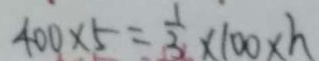
4 0 0 \times 5 = \frac { 1 } { 3 } \times 1 0 0 \times h